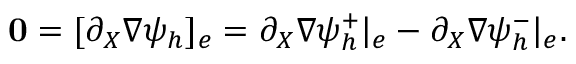
{ \mathbf 0 } = [ \partial _ { X } \nabla \psi _ { h } ] _ { e } = \partial _ { X } \nabla \psi _ { h } ^ { + } | _ { e } - \partial _ { X } \nabla \psi _ { h } ^ { - } | _ { e } .